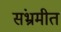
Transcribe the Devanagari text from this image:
संभ्रमीत